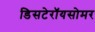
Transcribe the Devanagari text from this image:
डिसटेरॉयसोमर